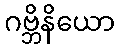
ဂဗ္ဘိနိယော